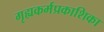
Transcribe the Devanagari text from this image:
गृह्यकर्मप्रकाशिका